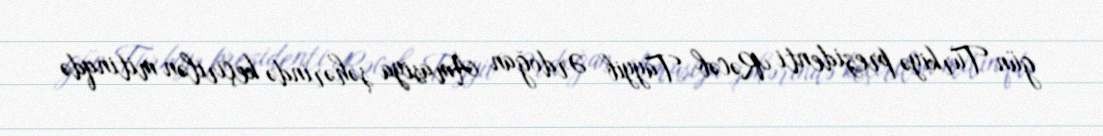
gün Türkiyə prezidenti Rəcəb Tayyib Ərdoğan Amasiya şəhərində keçirilən mitinqdə